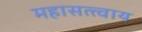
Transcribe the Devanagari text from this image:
महासत्त्वाय